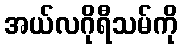
အယ်လဂိုရီသမ်ကို